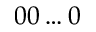
0 0 \ldots 0